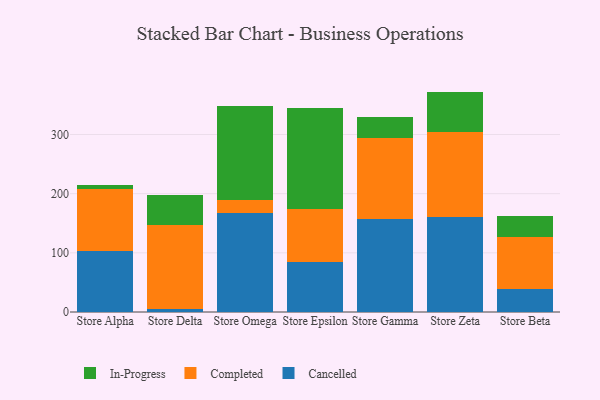
{"axis": {"x": "Store", "y": "Net Income (USD K)"}, "legend": ["Cancelled", "Completed", "In-Progress"], "data": [{"x": "Store Alpha", "y": 103.6, "type": "Cancelled"}, {"x": "Store Alpha", "y": 105.1, "type": "Completed"}, {"x": "Store Alpha", "y": 5.7, "type": "In-Progress"}, {"x": "Store Delta", "y": 5.1, "type": "Cancelled"}, {"x": "Store Delta", "y": 142.2, "type": "Completed"}, {"x": "Store Delta", "y": 50.3, "type": "In-Progress"}, {"x": "Store Omega", "y": 166.9, "type": "Cancelled"}, {"x": "Store Omega", "y": 22.1, "type": "Completed"}, {"x": "Store Omega", "y": 159.1, "type": "In-Progress"}, {"x": "Store Epsilon", "y": 84.8, "type": "Cancelled"}, {"x": "Store Epsilon", "y": 89.6, "type": "Completed"}, {"x": "Store Epsilon", "y": 170.5, "type": "In-Progress"}, {"x": "Store Gamma", "y": 157.5, "type": "Cancelled"}, {"x": "Store Gamma", "y": 136.7, "type": "Completed"}, {"x": "Store Gamma", "y": 34.9, "type": "In-Progress"}, {"x": "Store Zeta", "y": 161.0, "type": "Cancelled"}, {"x": "Store Zeta", "y": 142.6, "type": "Completed"}, {"x": "Store Zeta", "y": 68.9, "type": "In-Progress"}, {"x": "Store Beta", "y": 39.2, "type": "Cancelled"}, {"x": "Store Beta", "y": 87.1, "type": "Completed"}, {"x": "Store Beta", "y": 36.3, "type": "In-Progress"}]}